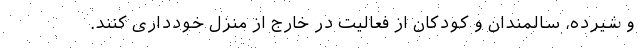
و شیرده، سالمندان و کودکان از فعالیت در خارج از منزل خودداری کنند.